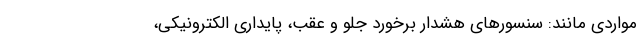
مواردی مانند: سنسورهای هشدار برخورد جلو و عقب، پایداری الکترونیکی،